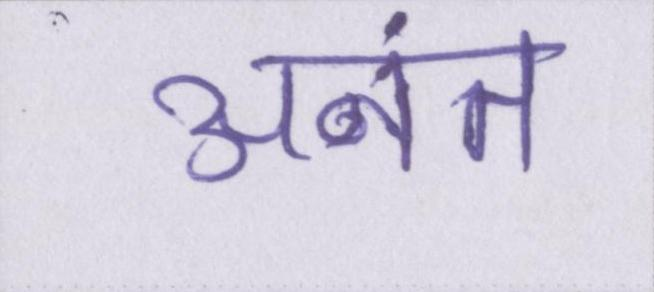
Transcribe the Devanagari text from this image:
अनंत